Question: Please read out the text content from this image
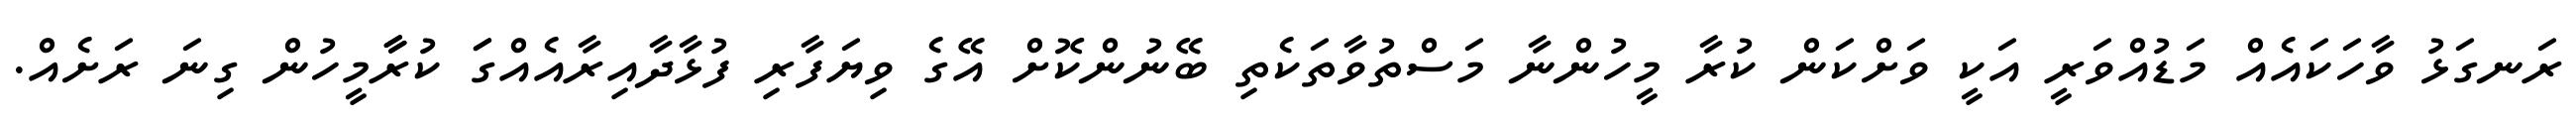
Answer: ރަނގަޅު ވާހަކައެއް މަޑުއްވަރީ އަކީ ވަށްކަން ކުރާ މީހުންނާ މަސްތުވާތަކެތި ބޭނުންކޮށް އޭގެ ވިޔަފާރި ފުޅާދާއިރާއެއްގަަ ކުރާާމީހުން ގިނަ ރަށެއް.